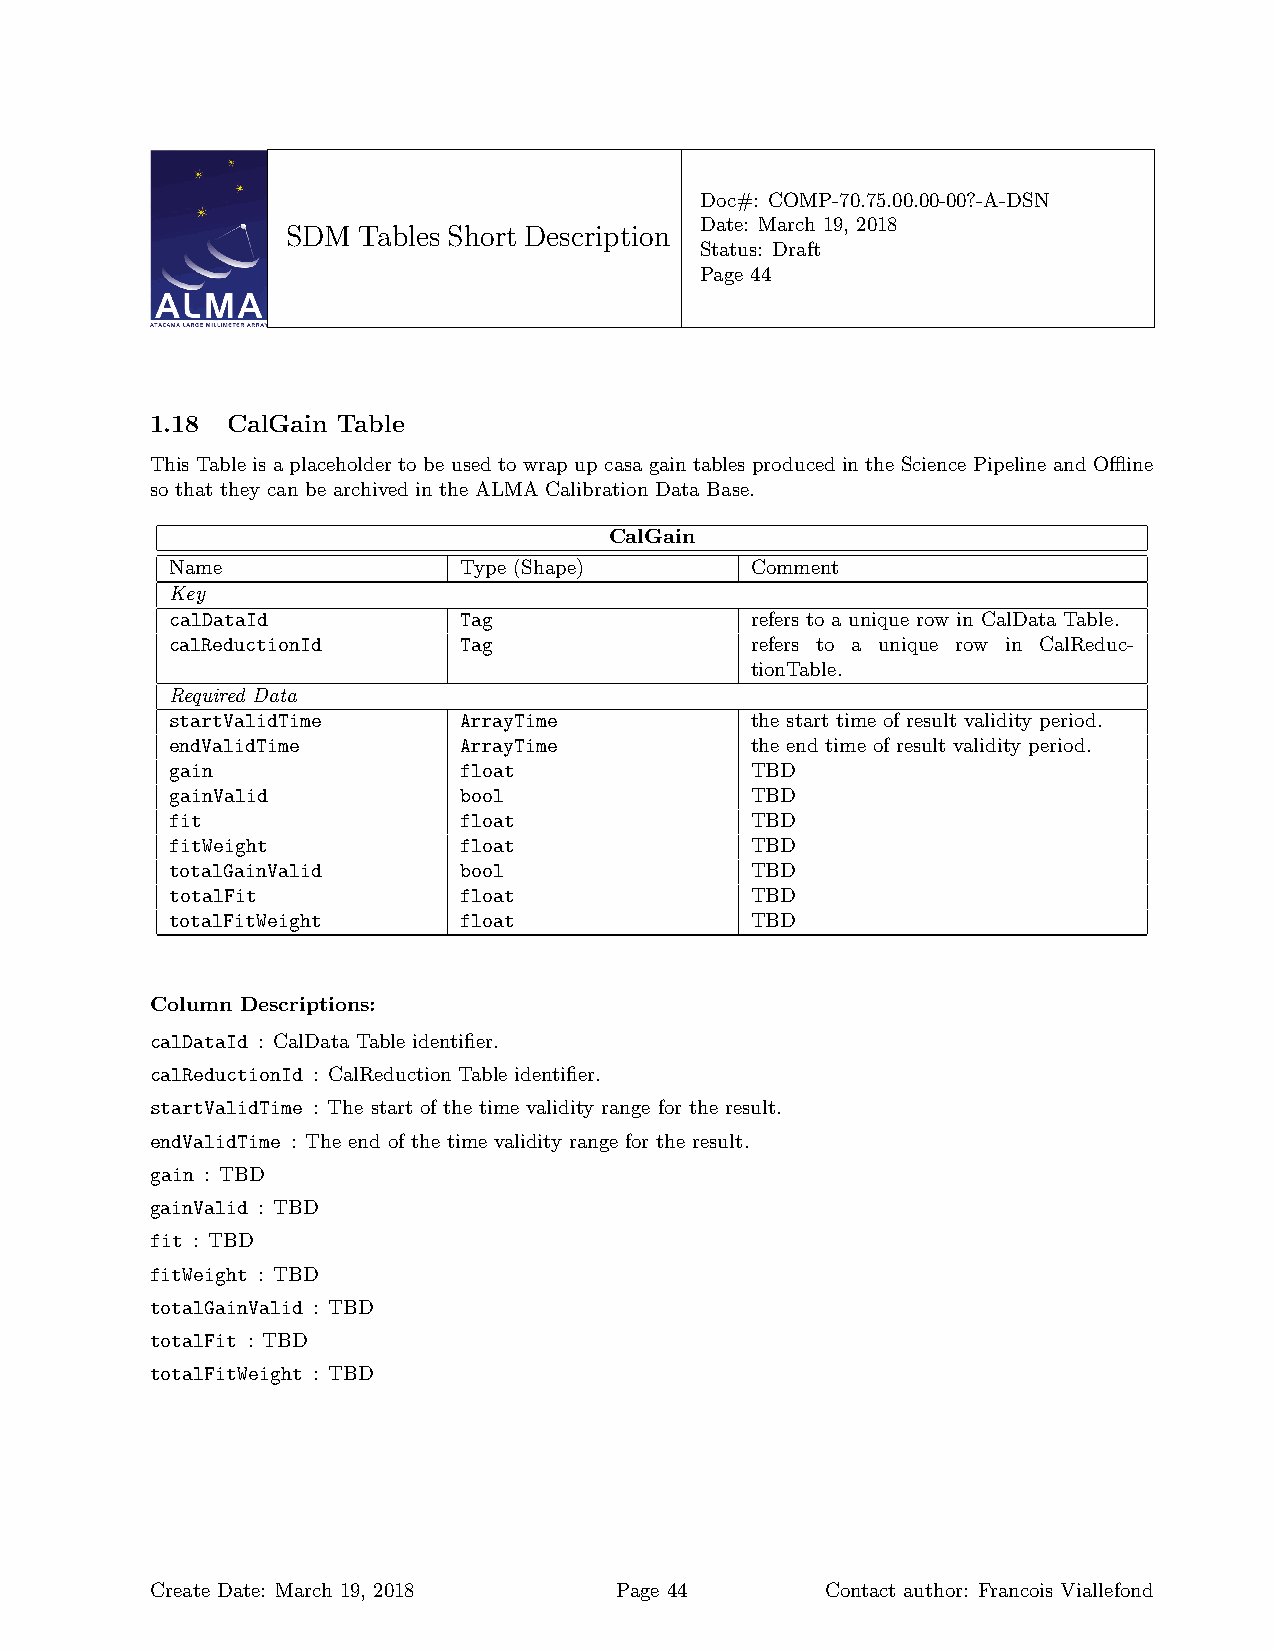
Doc#: COMP-70.75.00.00-00?-A-DSN
 Date: March 19, 2018
 SDM  Tables Short Description
 Status: Draft
 Page 44
 1.18 CalGain Table
 This Table is a placeholder to be used to wrap up casa gain tables produced in the Science Pipeline and Offline
 so that they can be archived in the ALMA Calibration Data Base.
 CalGain
 Name               Type (Shape)        Comment
 Key
 calDataId          Tag                 refers to a unique row in CalData Table.
 calReductionId     Tag                 refers to a unique row in CalReduc-
 tionTable.
 Required Data
 startValidTime     ArrayTime           the start time of result validity period.
 endValidTime       ArrayTime           the end time of result validity period.
 gain               float               TBD
 gainValid          bool                TBD
 fit                float               TBD
 fitWeight          float               TBD
 totalGainValid     bool                TBD
 totalFit           float               TBD
 totalFitWeight     float               TBD
 Column Descriptions:
 calDataId : CalData Table identifier.
 calReductionId : CalReduction Table identifier.
 startValidTime : The start of the time validity range for the result.
 endValidTime : The end of the time validity range for the result.
 gain : TBD
 gainValid : TBD
 fit : TBD
 fitWeight : TBD
 totalGainValid : TBD
 totalFit : TBD
 totalFitWeight : TBD
 Create Date: March 19, 2018    Page 44       Contact author: Francois Viallefond